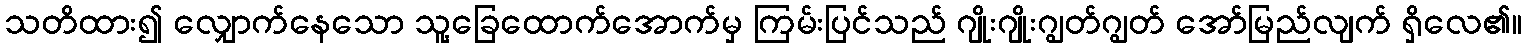
သတိထား၍ လျှောက်နေသော သူ့ခြေထောက်အောက်မှ ကြမ်းပြင်သည် ဂျိုးဂျိုးဂျွတ်ဂျွတ် အော်မြည်လျက် ရှိလေ၏။